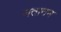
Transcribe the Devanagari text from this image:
नतानन